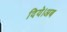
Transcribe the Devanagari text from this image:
दिये।अब